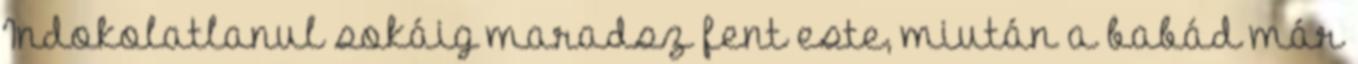
Indokolatlanul sokáig maradsz fent este, miután a babád már